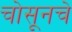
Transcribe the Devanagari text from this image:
चोसूनचे